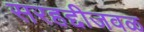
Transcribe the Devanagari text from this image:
सरहद्दीजवळ